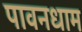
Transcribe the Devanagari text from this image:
पावनधाम